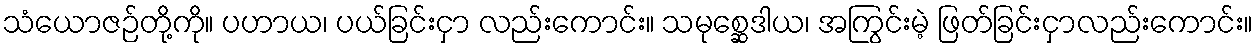
သံယောဇဉ်တို့ကို။ ပဟာယ၊ ပယ်ခြင်းငှာ လည်းကောင်း။ သမုစ္ဆေဒါယ၊ အကြွင်းမဲ့ ဖြတ်ခြင်းငှာလည်းကောင်း။